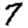
Digit: 7